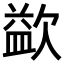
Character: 𣣼